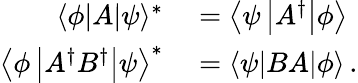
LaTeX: \begin{array}{rl}{\langle\phi|A|\psi\rangle^{*}}&{{}=\left\langle\psi\left|A^{\dagger}\right|\phi\right\rangle}\\ {\left\langle\phi\left|A^{\dagger}B^{\dagger}\right|\psi\right\rangle^{*}}&{{}=\langle\psi|BA|\phi\rangle\, .}\end{array}